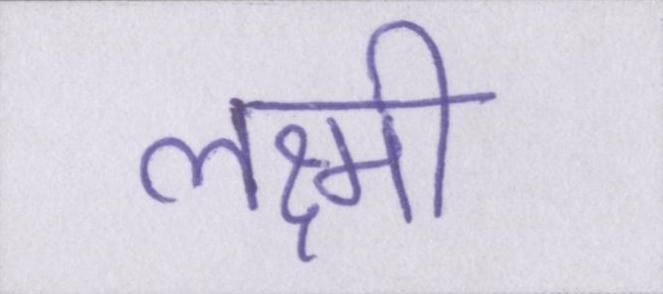
लक्ष्मी